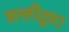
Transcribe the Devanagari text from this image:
शक्तीद्वारा